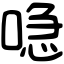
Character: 喼